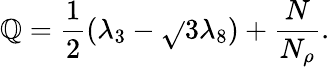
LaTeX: \mathbb{Q}=\frac{{1}}{{2}}(\lambda_{3}-\sqrt{}{{3}}\lambda_{8})+\frac{{N}}{{N_{\rho}}}.